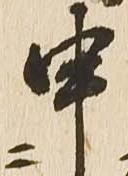
申